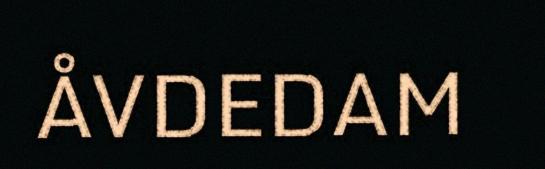
ÅVDEDAM